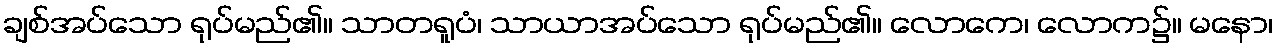
ချစ်အပ်သော ရုပ်မည်၏။ သာတရူပံ၊ သာယာအပ်သော ရုပ်မည်၏။ လောကေ၊ လောက၌။ မနော၊